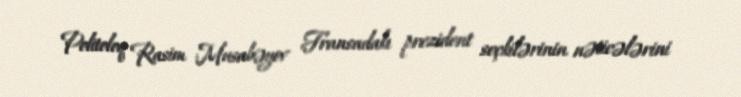
Politoloq Rasim Musabəyov Fransadakı prezident seçkilərinin nəticələrini